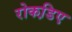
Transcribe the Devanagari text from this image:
रोकडि़ए